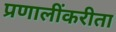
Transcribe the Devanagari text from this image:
प्रणालींकरीता